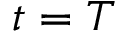
t = T